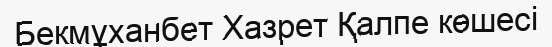
Бекмұханбет Хазрет Қалпе көшесі